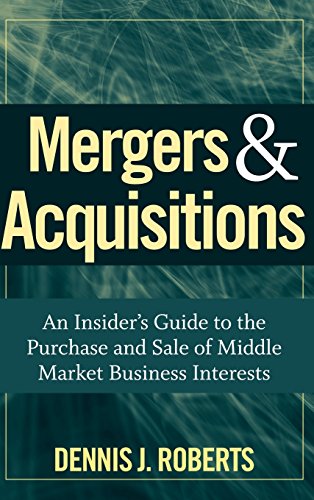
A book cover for Mergers & Acquisitions: An Insider's Guide to the Purchase and Sale of Middle Market Business Interests; Dennis J. Roberts; Business & Money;